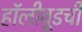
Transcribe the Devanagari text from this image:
हॉलीवूडची